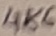
Text: 486